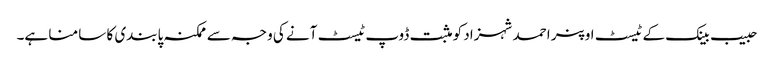
حبیب بینک کے ٹیسٹ اوپنر احمد شہزاد کو مثبت ڈوپ ٹیسٹ آنے کی وجہ سے ممکنہ پابندی کا سا منا ہے۔